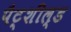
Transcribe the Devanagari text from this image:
पैट्शील्ड